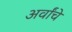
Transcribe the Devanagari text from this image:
अर्वांचे